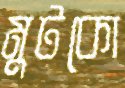
মুটকো